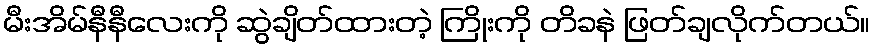
မီးအိမ်နီနီလေးကို ဆွဲချိတ်ထားတဲ့ ကြိုးကို တိခနဲ ဖြတ်ချလိုက်တယ်။